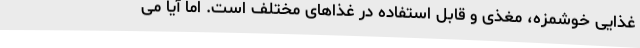
غذایی خوشمزه، مغذی و قابل استفاده در غذاهای مختلف است. اما آیا می